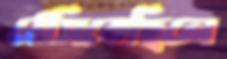
ঠেসিতেছিলে